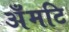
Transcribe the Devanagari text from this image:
अँमटि